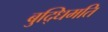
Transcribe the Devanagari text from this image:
बुद्धिमति